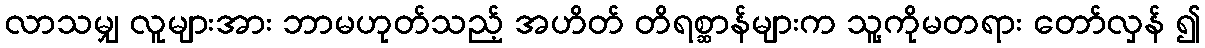
လာသမျှ လူများအား ဘာမဟုတ်သည့် အဟိတ် တိရစ္ဆာန်များက သူ့ကိုမတရား တော်လှန် ၍